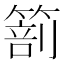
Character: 𥰵